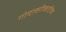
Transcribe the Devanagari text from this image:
गोदावरीकाठीच्या